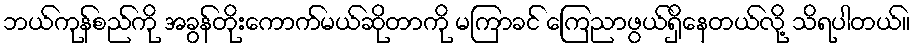
ဘယ်ကုန်စည်ကို အခွန်တိုးကောက်မယ်ဆိုတာကို မကြာခင် ကြေညာဖွယ်ရှိနေတယ်လို့ သိရပါတယ်။